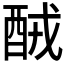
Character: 𨠤